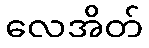
လေအိတ်